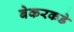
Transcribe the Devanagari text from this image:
बेकरकडे